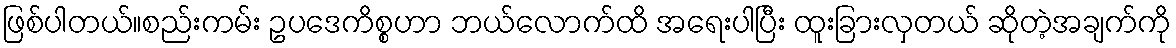
ဖြစ်ပါတယ်။စည်းကမ်း ဥပဒေကိစ္စဟာ ဘယ်လောက်ထိ အရေးပါပြီး ထူးခြားလှတယ် ဆိုတဲ့အချက်ကို